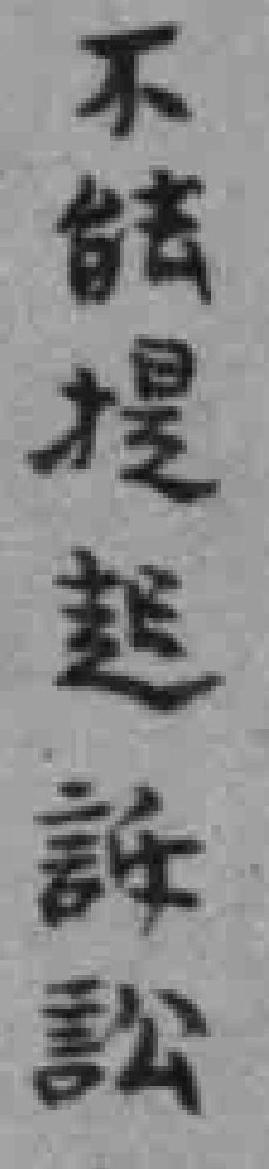
不能提起訴訟